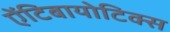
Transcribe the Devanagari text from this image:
ऐंटिबायोटिक्स